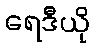
ရေဒီယို